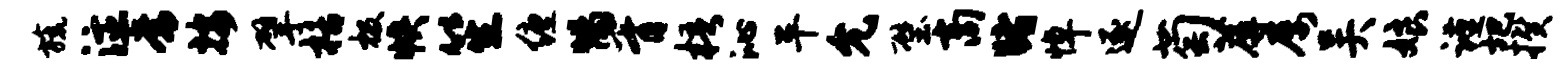
旒注常按擘栝极帙笙缠惕胥梧沁平允璧商睹悼逐萄蓐屡吴娘谨圯揆